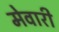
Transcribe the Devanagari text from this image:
मेवारी